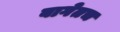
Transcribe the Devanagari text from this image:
बागेतच